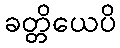
ခတ္တိယေပိ